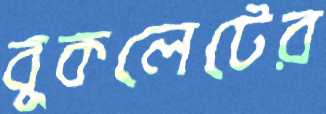
বুকলেটের